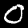
Digit: 0